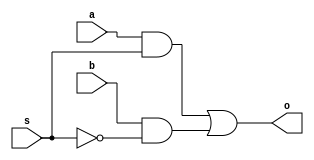
module mux_1bit(a, b, s, o);

    input a, b, s;  //input a, b  selector s
    wire s1, o1, o2;
    output o;

    not not_gate(s1, s);
    and and_gate1(o1, a, s);   //o1 = as
    and and_gate2(o2, b, s1);  //o2 = bs'
    or  or_gate(o, o1, o2);    //o  = as + bs'

endmodule